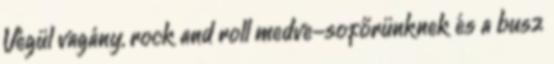
Végül vagány, rock and roll medve-sofőrünknek és a busz